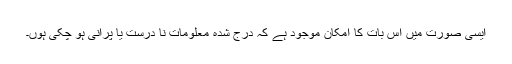
ایسی صورت میں اس بات کا امکان موجود ہے کہ درج شدہ معلومات نا درست یا پرانی ہو چکی ہوں۔